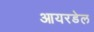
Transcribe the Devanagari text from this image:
आयरडेल